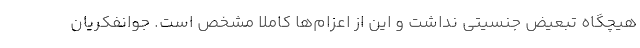
هیچگاه تبعیض جنسیتی نداشت و این از اعزام‌ها کاملا مشخص است. جوانفکریان